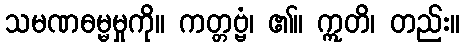
သမဏဓမ္မမှုကို။ ကတ္တဗ္ဗံ၊ ၏။ ဣတိ၊ တည်း။